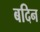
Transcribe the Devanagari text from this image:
बदिन